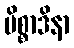
မိစ္စာဒိနာ